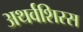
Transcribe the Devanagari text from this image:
अथर्वशिरस